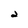
Character: 2